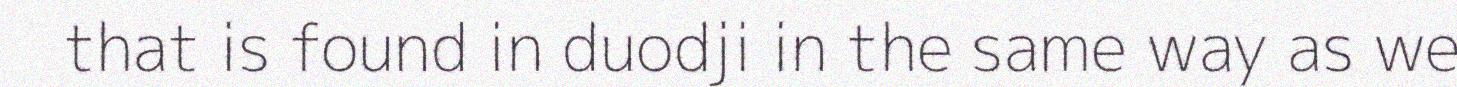
that is found in duodji in the same way as we